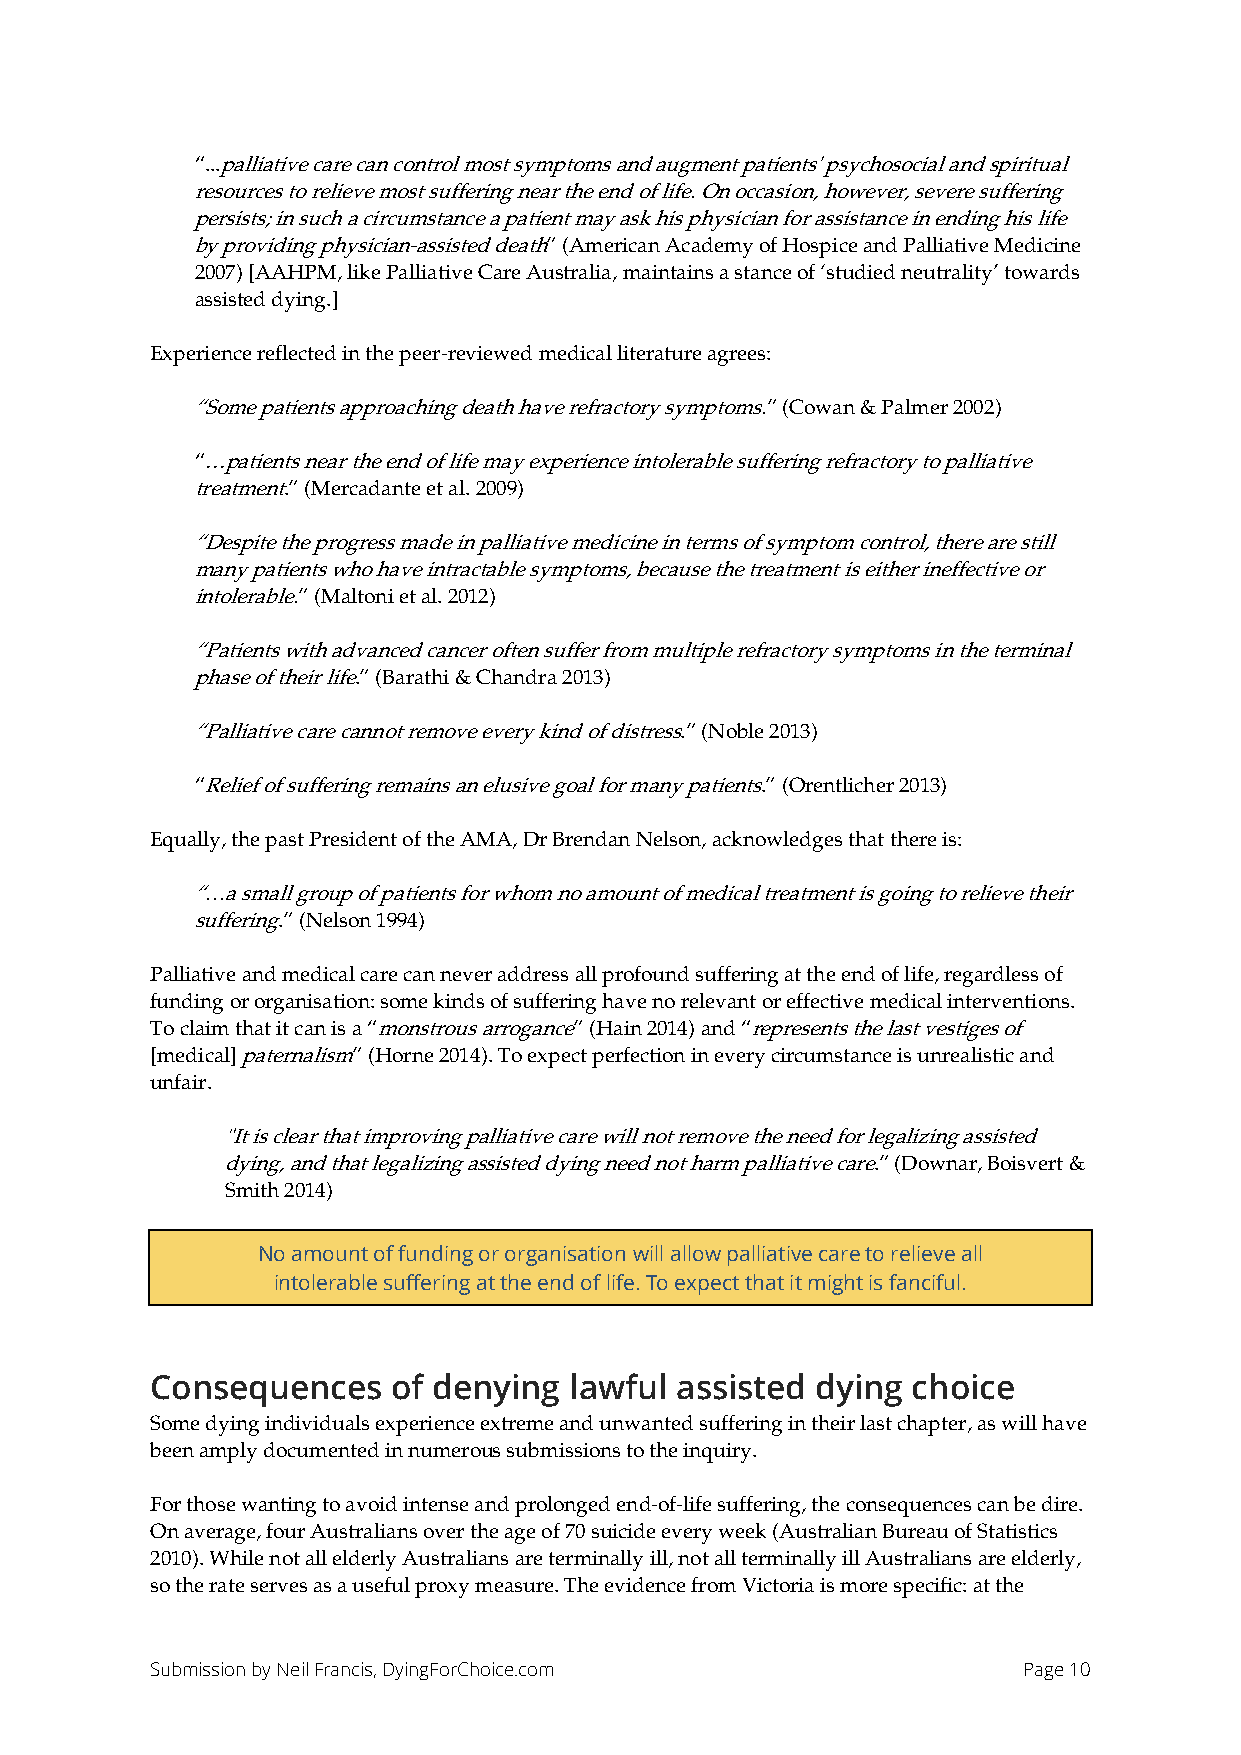
“...palliative care can control most symptoms and augment patients' psychosocial and spiritual
 resources to relieve most suffering near the end of life. On occasion, however, severe suffering
 persists; in such a circumstance a patient may ask his physician for assistance in ending his life
 by providing physician-assisted death” (American Academy of Hospice and Palliative Medicine
 2007) [AAHPM, like Palliative Care Australia, maintains a stance of ‘studied neutrality’ towards
 assisted dying.]
 Experience reflected in the peer-reviewed medical literature agrees:
 “Some patients approaching death have refractory symptoms.” (Cowan & Palmer 2002)
 “…patients near the end of life may experience intolerable suffering refractory to palliative
 treatment.” (Mercadante et al. 2009)
 “Despite the progress made in palliative medicine in terms of symptom control, there are still
 many patients who have intractable symptoms, because the treatment is either ineffective or
 intolerable.” (Maltoni et al. 2012)
 “Patients with advanced cancer often suffer from multiple refractory symptoms in the terminal
 phase of their life.” (Barathi & Chandra 2013)
 “Palliative care cannot remove every kind of distress.” (Noble 2013)
 “Relief of suffering remains an elusive goal for many patients.” (Orentlicher 2013)
 Equally, the past President of the AMA, Dr Brendan Nelson, acknowledges that there is:
 “…a small group of patients for whom no amount of medical treatment is going to relieve their
 suffering.” (Nelson 1994)
 Palliative and medical care can never address all profound suffering at the end of life, regardless of
 funding or organisation: some kinds of suffering have no relevant or effective medical interventions.
 To claim that it can is a “monstrous arrogance” (Hain 2014) and “represents the last vestiges of
 [medical] paternalism” (Horne 2014). To expect perfection in every circumstance is unrealistic and
 unfair.
 "It is clear that improving palliative care will not remove the need for legalizing assisted
 dying, and that legalizing assisted dying need not harm palliative care.” (Downar, Boisvert &
 Smith 2014)
 No amount of funding or organisation will allow palliative care to relieve all
 intolerable suffering at the end of life. To expect that it might is fanciful.
 Consequences    of denying  lawful assisted dying choice
 Some dying individuals experience extreme and unwanted suffering in their last chapter, as will have
 been amply documented in numerous submissions to the inquiry.
 For those wanting to avoid intense and prolonged end-of-life suffering, the consequences can be dire.
 On average, four Australians over the age of 70 suicide every week (Australian Bureau of Statistics
 2010). While not all elderly Australians are terminally ill, not all terminally ill Australians are elderly,
 so the rate serves as a useful proxy measure. The evidence from Victoria is more specific: at the
 Submission by Neil Francis, DyingForChoice.com            Page 10